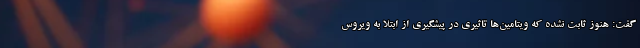
گفت: هنوز ثابت نشده که ویتامین‌ها تاثیری در پیشگیری از ابتلا به ویروس